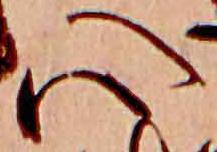
心